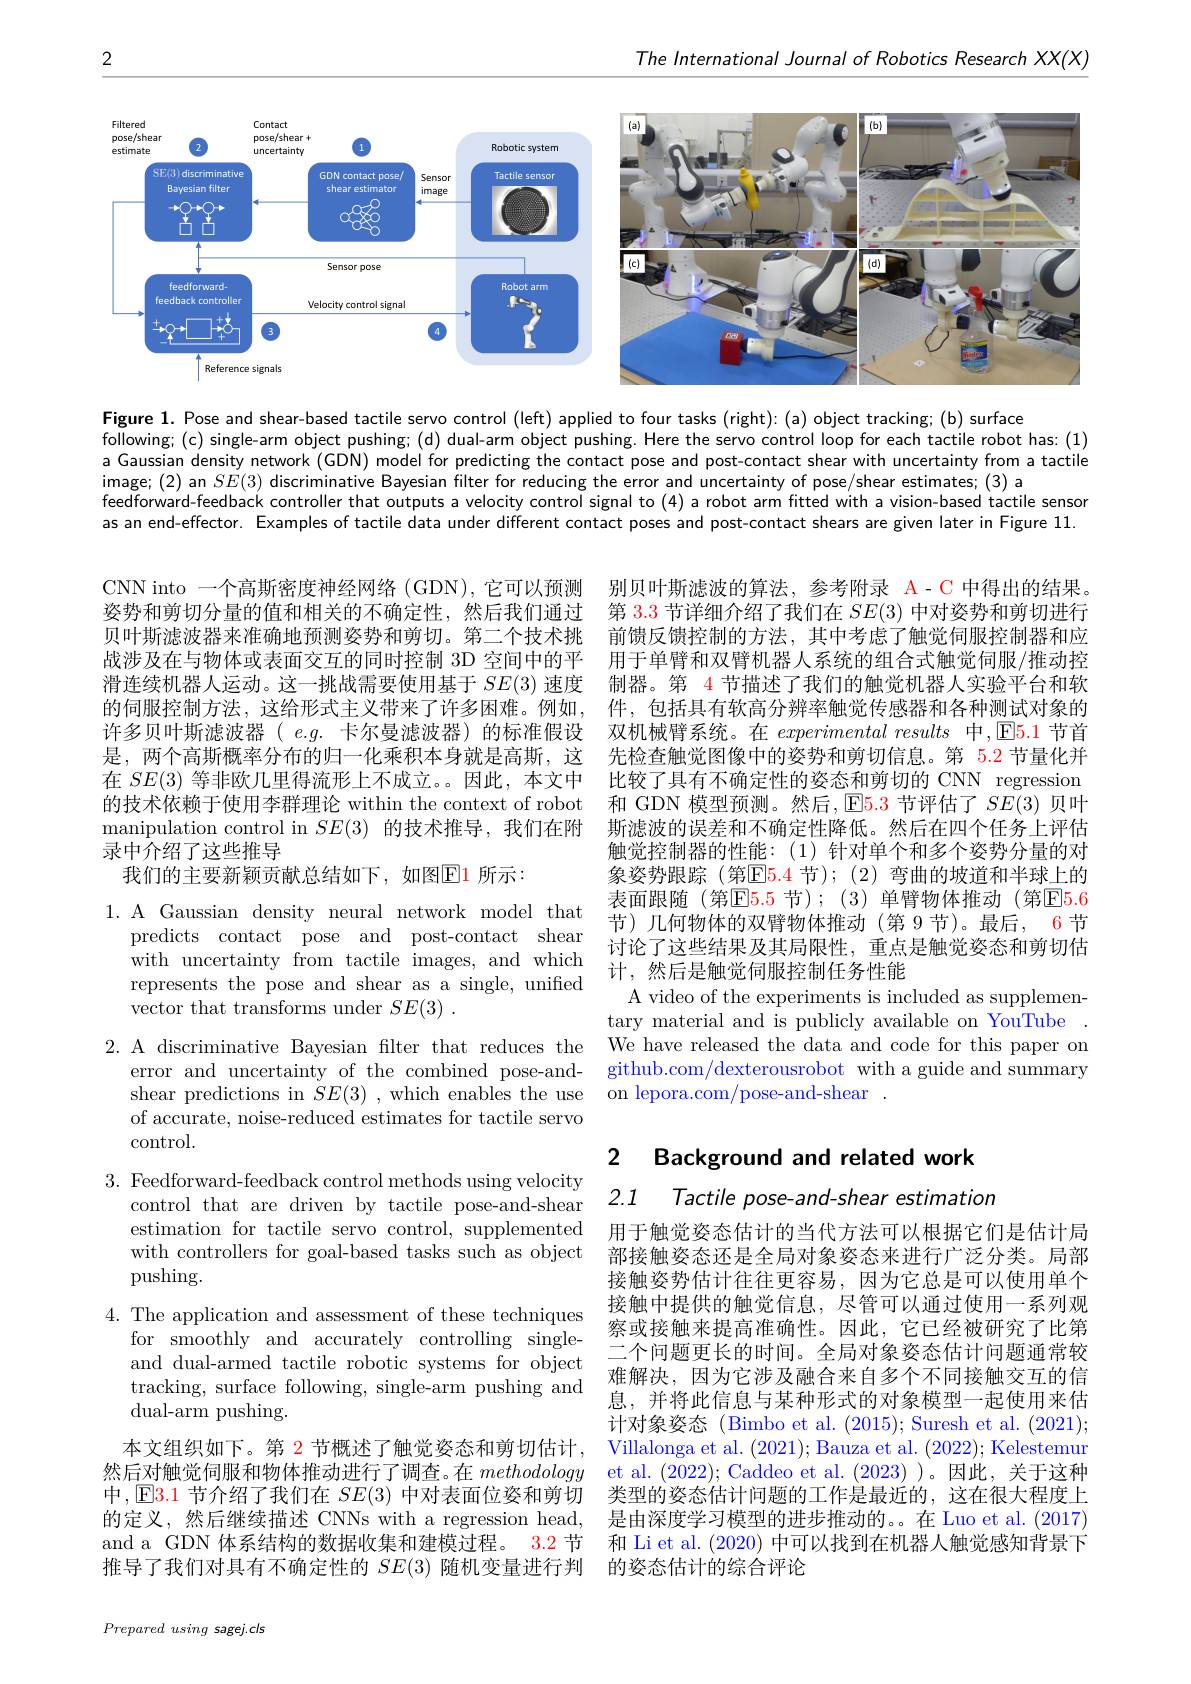
The International Journal of Robotics Research XX(X)

2

<FigureHere>

Figure 1. Pose and shear-based tactile servo control (left) applied to four tasks (right): (a) object tracking; (b) surface
following; (c) single-arm object pushing; (d) dual-arm object pushing. Here the servo control loop for each tactile robot has: (1) a Gaussian density network (GDN) model for predicting the contact pose and post-contact shear with uncertainty from a tactile image; (2) an $SE(3)$ discriminative Bayesian filter for reducing the error and uncertainty of pose/shear estimates; (3) a
feedforward-feedback controller that outputs a velocity control signal to(4) a robot arm fitted with a vision-based tactile sensor as an end-effector. Examples of tactile data under different contact poses and post-contact shears are given later in Figure 11.

CNN into 一个高斯密度神经网络 (GDN), 它可以预测姿势和剪切分量的值和相关的不确定性，然后我们通过贝叶斯滤波器来准确地预测姿势和剪切。第二个技术挑战涉及在与物体或表面交互的同时控制 3D 空间中的平滑连续机器人运动。这一挑战需要使用基于$SE(3)$速度的伺服控制方法，这给形式主义带来了许多困难。例如， 许多贝叶斯滤波器( $e.g.$卡尔曼滤波器) 的标准假设 双机械臂系统。在$experimental\textit{results 中 , [ E5. 1 节 首 }$
是，两个高斯概率分布的归一化乘积本身就是高斯，这
在$SE(3)$等非欧几里得流形上不成立。。因此，本文中 比较了具有不确定性的姿态和剪切的 CNN regression
的技术依赖于使用李群理论 within the context of robot manipulation control in $SE(3)$的技术推导，我们在附录中介绍了这些推导
我们的主要新颖贡献总结如下，如图$\color{#c00}{\mathrm{E1}}$所示：

别贝叶斯滤波的算法，参考附录 A-C 中得出的结果。第 3.3 节详细介绍了我们在$SE(3)$中对姿势和剪切进行前馈反馈控制的方法，其中考虑了触觉伺服控制器和应用于单臂和双臂机器人系统的组合式触觉伺服/推动控制器。第 4 节描述了我们的触觉机器人实验平台和软件，包括具有软高分辨率触觉传感器和各种测试对象的先检查触觉图像中的姿势和剪切信息。第 5.2 节量化并和 GDN 模型预测。然后，E5.3 节评估了$SE(3)$贝叶斯滤波的误差和不确定性降低。然后在四个任务上评估触觉控制器的性能：(1)针对单个和多个姿势分量的对象姿势跟踪(第$\color{red}{\mathrm{E}}\color{red}{\mathrm{E}}\color{red}{\mathrm{5.4}}$节);(2)弯曲的坡道和半球上的表面跟随(第E5.5 节);(3)单臂物体推动(第E5.6节)几何物体的双臂物体推动(第 9 节)。最后，6 节
predicts contact pose and post-contact shear 讨论了这些结果及其局限性，重点是触觉姿态和剪切估

1. A Gaussian density neural network model that
with uncertainty from tactile images, and which
represents the pose and shear as a single, unified 计，然后是触觉伺服控制任务性能represents the pose and shear as a single, unified A video of the exneriments is inc
vector that transforms under $SE( 3)$ .

A video of the experiments is included as supplemen-

tary material and is publicly available on YouTube
2. A discriminative Bayesian filter that reduces the We have released the data and code for this paper on
error and uncertainty of the combined pose-and- github.com/dexterousrobot with a guide and summary
shear predictions in $\tilde{SE}(3)$ ,which enables the use on lepora.com/pose-and-shear .

of accurate, noise-reduced estimates for tactile servo
control.

### 2 Background and related work

Tactile pose-and-shear estimation

$\begin{array}{c}3.&\text{Feedforward-feedback control methods using velocity}\\&\text{control that are driven bv tactile pose-and-shear}\end{array}2.1$
control that are driven by tactile pose-and-shear estimation for tactile servo control, supplemented with controllers for goal-based tasks such as object pushing.
4. The application and assessment of these techniques
for smoothly and accurately controlling single-
$\begin{aligned}&\text{lor smootny and accuraley controinng single-}&&\text{二个问题更长的时间。全局对象姿态估计问题通常较}\\&\text{and dual-armed tactile robotic systems for object}&&\text{二个问题更长的时间。全局对象姿态估计问题通常较}\\&\text{tracking, surface following, single-arm pushing and}&&\text{难解决，因为它涉及融合来自多个不同接触交互的信}\\&\text{自 并将此信自与其轴形式的}\end{aligned}$
dual-arm pushing.
本文组织如下。第 2 节概述了触觉姿态和剪切估计，
然后对触觉伺服和物体推动进行了调查。在 methodology et al. ( 2022) ; Caddeo et al. ( 2023) ) 。因此，关于这种中，$\mathbb{E}$3.1 节介绍了我们在$SE(3)$中对表面位姿和剪切 类型的姿态估计问题的工作是最近的，这在很大程度上的定义，然后继续描述 CNNs with a regression head, and a GDN 体系结构的数据收集和建模过程。3.2 节推导了我们对具有不确定性的$SE(3)$随机变量进行判 的姿态估计的综合评论

用于触觉姿态估计的当代方法可以根据它们是估计局部接触姿态还是全局对象姿态来进行广泛分类。局部接触姿势估计往往更容易，因为它总是可以使用单个接触中提供的触觉信息，尽管可以通过使用一系列观察或接触来提高准确性。因此，它已经被研究了比第息，并将此信息与某种形式的对象模型一起使用来估计对象姿态 (Bimbo et al. (2015); Suresh et al. (2021); Villalonga et al. (2021); Bauza et al. (2022); Kelestemur 是由深度学习模型的进步推动的。。在 Luo et al. (2017) 和 Li et al. (2020) 中可以找到在机器人触觉感知背景下

Prepared using sagej.cls